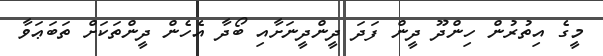
މީގެ އިތުރުން ހިންދޫ ދީން ފަދަ ދީންދީނަށާއި ބޯދާ އެހެން ދީންތަކަށް ތަބަޢަވާ